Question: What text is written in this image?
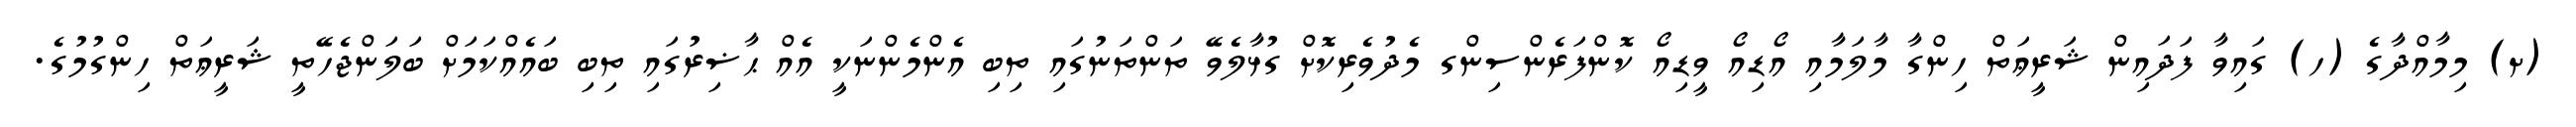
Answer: (ށ) މިމާއްދާގެ (ހ) ގައިވާ ފަދައިން ޝަރީޢަތް ހިންގާ މާލަމާއި އޯޑިއޯ ވީޑިއޯ ކޮންފަރެންސިންގ މެދުވެރިކޮށް ގުޅާލެވޭ ތަންތަނުގައި ތިބި އެންމެންނަކީ އެއް ޙާޟިރުގައި ތިބި ބައެއްކަމަށް ބަލަންޖެހޭތީ ޝަރީޢަތް ހިންގުމުގެ.